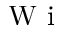
\textrm { W i }